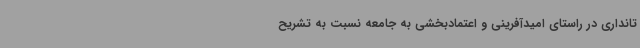
تانداری در راستای امیدآفرینی و اعتمادبخشی به جامعه نسبت به تشریح